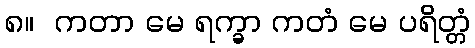
၈။  ကတာ မေ ရက္ခာ ကတံ မေ ပရိတ္တံ